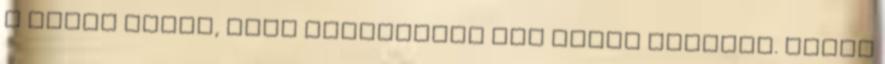
a banya tudja, hogy átkerültek egy másik világba. Rumpi